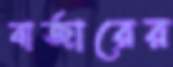
বার্জারের